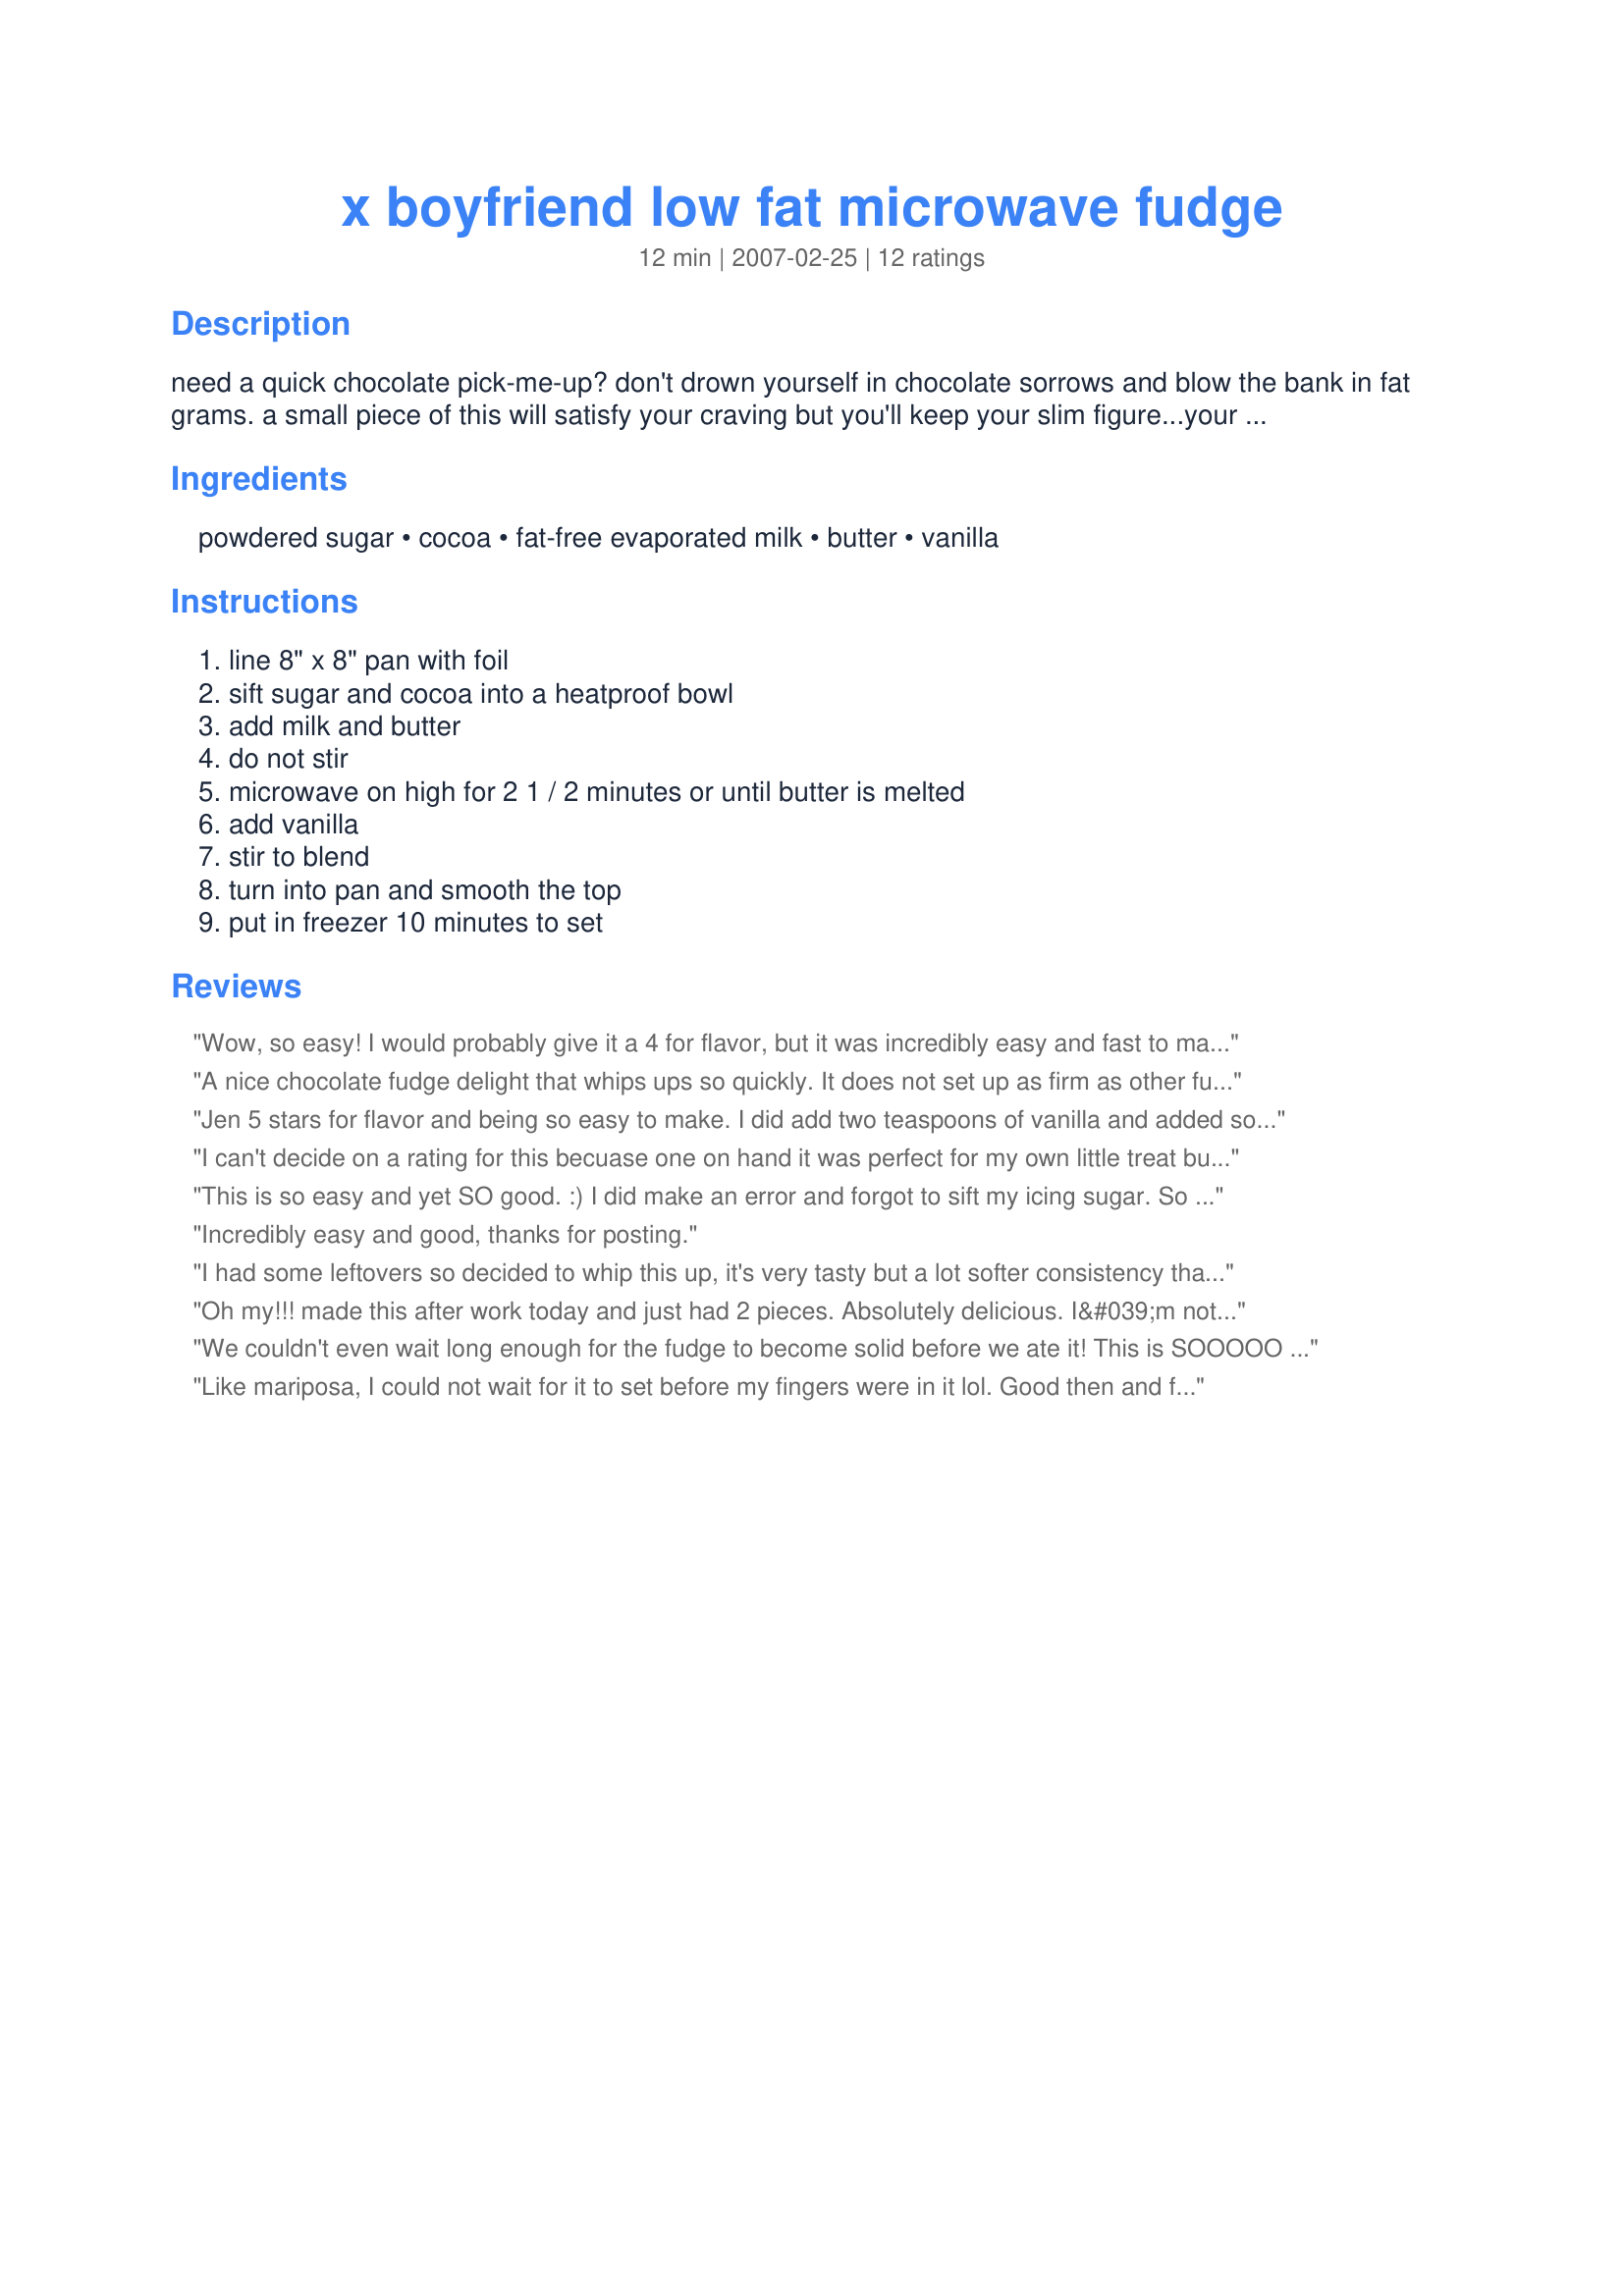
x boyfriend low fat microwave fudge
Preparation time: 12 minutes

need a quick chocolate pick-me-up? don't drown yourself in chocolate sorrows and blow the bank in fat grams. a small piece of this will satisfy your craving but you'll keep your slim figure...your best revenge! your favorite nuts on top are optional!

Ingredients:
powdered sugar, cocoa, fat-free evaporated milk, butter, vanilla

Steps:
line 8" x 8" pan with foil, sift sugar and cocoa into a heatproof bowl, add milk and butter, do not stir, microwave on high for 2 1 / 2 minutes or until butter is melted, add vanilla, stir to blend, turn into pan and smooth the top, put in freezer 10 minutes to set

Reviews:
Wow, so easy! I would probably give it a 4 for flavor, but it was incredibly easy and fast to make, and everyone else raved so I'm going with a 5. This was in the freezer in less than 5 minutes. I put pieces in individual bags and froze them for lunchbox additions.
A nice chocolate fudge delight that whips ups so quickly. It does not set up as firm as other fudge recipes so it really needs to stay in the fridge. But when you have the need for a chocolate treat without blowing all your calories for a week then this is a great recipe to have on hand. Thanks for sharing.
Jen 5 stars for flavor and being so easy to make. I did add two teaspoons of vanilla and added some walnuts. So good!! I forgot and left my fudge in the freezer for longer than 10 minutes so I had a hard time cutting into it but it didnt hurt the flavor at all. Thank you for posting this one hon!
I can't decide on a rating for this becuase one on hand it was perfect for my own little treat but on the other I wouldn't serve it to company really. But I guess that's not the point of this recipe. I also didn't follow the recipe 100% - I made a half quantity and used normal milk instead of evaporated. It certainly was delicious but tasted mostly like chocolate icing (or frosting to you Americans!) at first. However, the next day it was even better in texture and mouth-feel.
This is so easy and yet SO good. :) I did make an error and forgot to sift my icing sugar. So now it has "sugar crunchies". lol Doesn't detract from the flaovur though! I made mine with orange flavouring as that was what I was in the mood for. I think this one will be made again and again. Especially when I have some sorrows I need to drown in a pound of fudge!
Incredibly easy and good, thanks for posting.
I had some leftovers so decided to whip this up, it's very tasty but a lot softer consistency than a regular fudge. I did find that even though I sifted my icing sugar & whisked well after cooking I did still have some lumpy bits of sugar in the mixture so I think it probably best to add some nuts to disguise this fact for future reference. Thanks jen!
Oh my!!! made this after work today and just had 2 pieces. Absolutely delicious. I&#039;m not usually a big sweets person, but this is fantastic. Can&#039;t believe I&#039;ve been looking at this recipe for months and never made it. My loss. Thanks for such a quick and easy recipe. Especially since I had all the ingredients on hand. Definitely going into my favorites file, for sure will be making this again.
We couldn't even wait long enough for the fudge to become solid before we ate it! This is SOOOOO EASY and SOOOOOO GOOD!!!
Like mariposa, I could not wait for it to set before my fingers were in it lol. Good then and fabulous set :)
Now just how much easier can it get ~ This fudge comes together in no time at all & is so tasty! In fact, only about half of it managed to get to the freezer ~ The rest was devoured spoonfull by spoonful! Thanks for a really great treat! [Tagged, made & reviewed in Zaar Cookbook tag]
Easy and quick, but not the best microwave fudge. I find it not chocolately enough and more like icing than fudge. However it did the trick for my sweet craving. All that said, I did have to substitute regular milk for evaporated as my can of evap had expired. So perhaps with the evap it is better. I did add chopped pecans.
